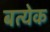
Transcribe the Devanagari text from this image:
बत्येक